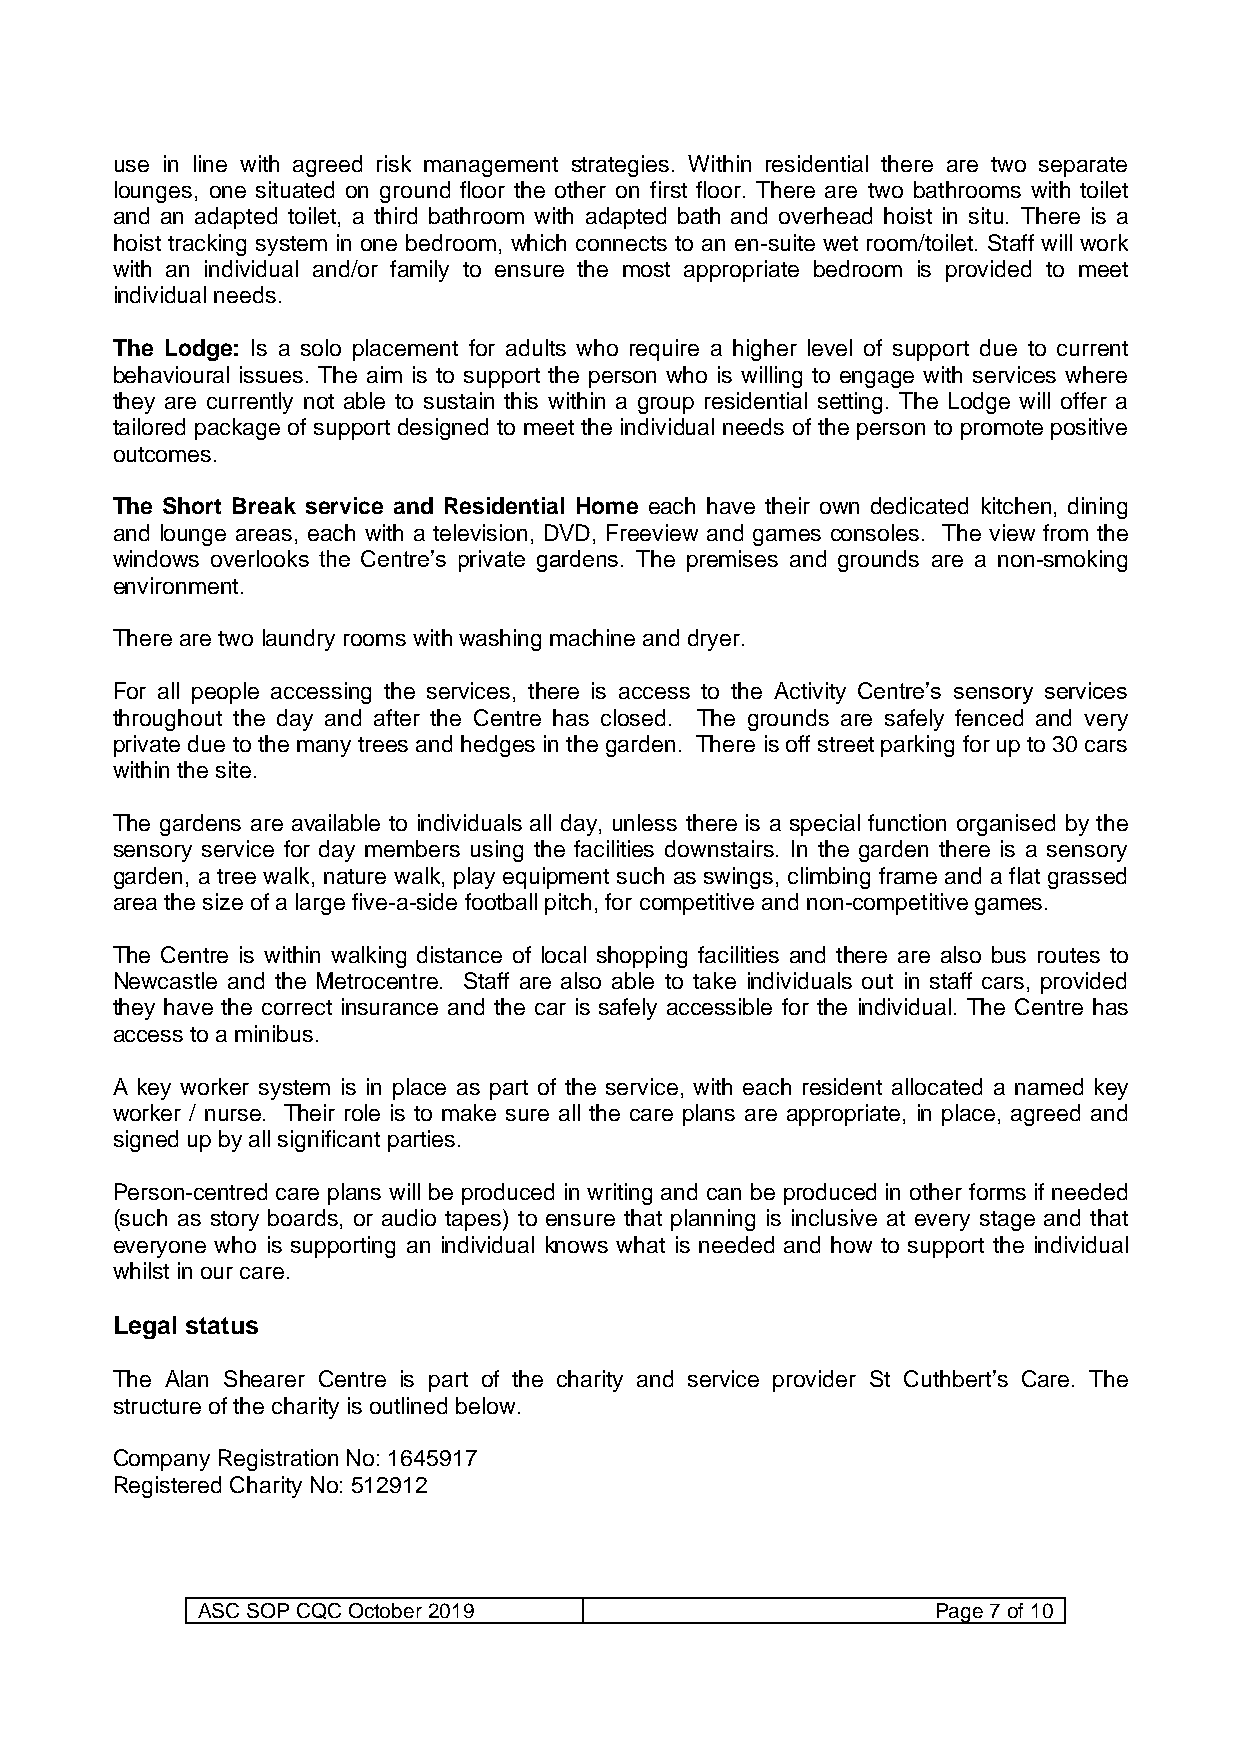
use in line with agreed risk management strategies. Within residential there are two separate
 lounges, one situated on ground floor the other on first floor. There are two bathrooms with toilet
 and an adapted toilet, a third bathroom with adapted bath and overhead hoist in situ. There is a
 hoist tracking system in one bedroom, which connects to an en-suite wet room/toilet. Staff will work
 with an individual and/or family to ensure the most appropriate bedroom is provided to meet
 individual needs.
 The Lodge: Is a solo placement for adults who require a higher level of support due to current
 behavioural issues. The aim is to support the person who is willing to engage with services where
 they are currently not able to sustain this within a group residential setting. The Lodge will offer a
 tailored package of support designed to meet the individual needs of the person to promote positive
 outcomes.
 The Short Break service and Residential Home each have their own dedicated kitchen, dining
 and lounge areas, each with a television, DVD, Freeview and games consoles. The view from the
 windows overlooks the Centre’s private gardens. The premises and grounds are a non-smoking
 environment.
 There are two laundry rooms with washing machine and dryer.
 For all people accessing the services, there is access to the Activity Centre’s sensory services
 throughout the day and after the Centre has closed. The grounds are safely fenced and very
 private due to the many trees and hedges in the garden. There is off street parking for up to 30 cars
 within the site.
 The gardens are available to individuals all day, unless there is a special function organised by the
 sensory service for day members using the facilities downstairs. In the garden there is a sensory
 garden, a tree walk, nature walk, play equipment such as swings, climbing frame and a flat grassed
 area the size of a large five-a-side football pitch, for competitive and non-competitive games.
 The Centre is within walking distance of local shopping facilities and there are also bus routes to
 Newcastle and the Metrocentre. Staff are also able to take individuals out in staff cars, provided
 they have the correct insurance and the car is safely accessible for the individual. The Centre has
 access to a minibus.
 A key worker system is in place as part of the service, with each resident allocated a named key
 worker / nurse. Their role is to make sure all the care plans are appropriate, in place, agreed and
 signed up by all significant parties.
 Person-centred care plans will be produced in writing and can be produced in other forms if needed
 (such as story boards, or audio tapes) to ensure that planning is inclusive at every stage and that
 everyone who is supporting an individual knows what is needed and how to support the individual
 whilst in our care.
 Legal status
 The Alan Shearer Centre is part of the charity and service provider St Cuthbert’s Care. The
 structure of the charity is outlined below.
 Company Registration No: 1645917
 Registered Charity No: 512912
 ASC SOP CQC October 2019                         Page 7 of 10